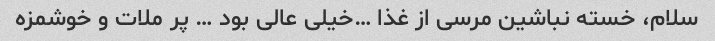
سلام، خسته نباشین مرسی از غذا …خیلی عالی بود … پر ملات و خوشمزه